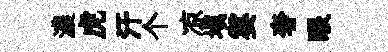
濃虎汗个凉填霎奢眼